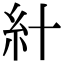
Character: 𥾅